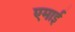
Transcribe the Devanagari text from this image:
एमाई